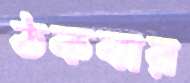
ঠকবার